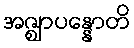
အဇ္ဈာပန္နောတိ